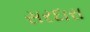
સરદારા